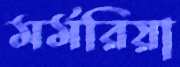
মর্মরিয়া